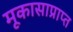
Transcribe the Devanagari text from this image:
मूकासाप्राप्त